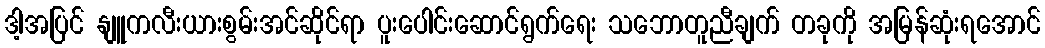
ဒါ့အပြင် နျူကလီးယားစွမ်းအင်ဆိုင်ရာ ပူးပေါင်းဆောင်ရွက်ရေး သဘောတူညီချက် တခုကို အမြန်ဆုံးရအောင်